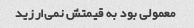
معمولی بود به قیمتش نمی‌ارزید